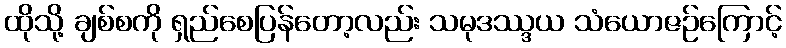
ထိုသို့ ချစ်စကို ရှည်စေပြန်တော့လည်း သမုဒဿ္ဒယ သံယောဇဉ်ကြောင့်